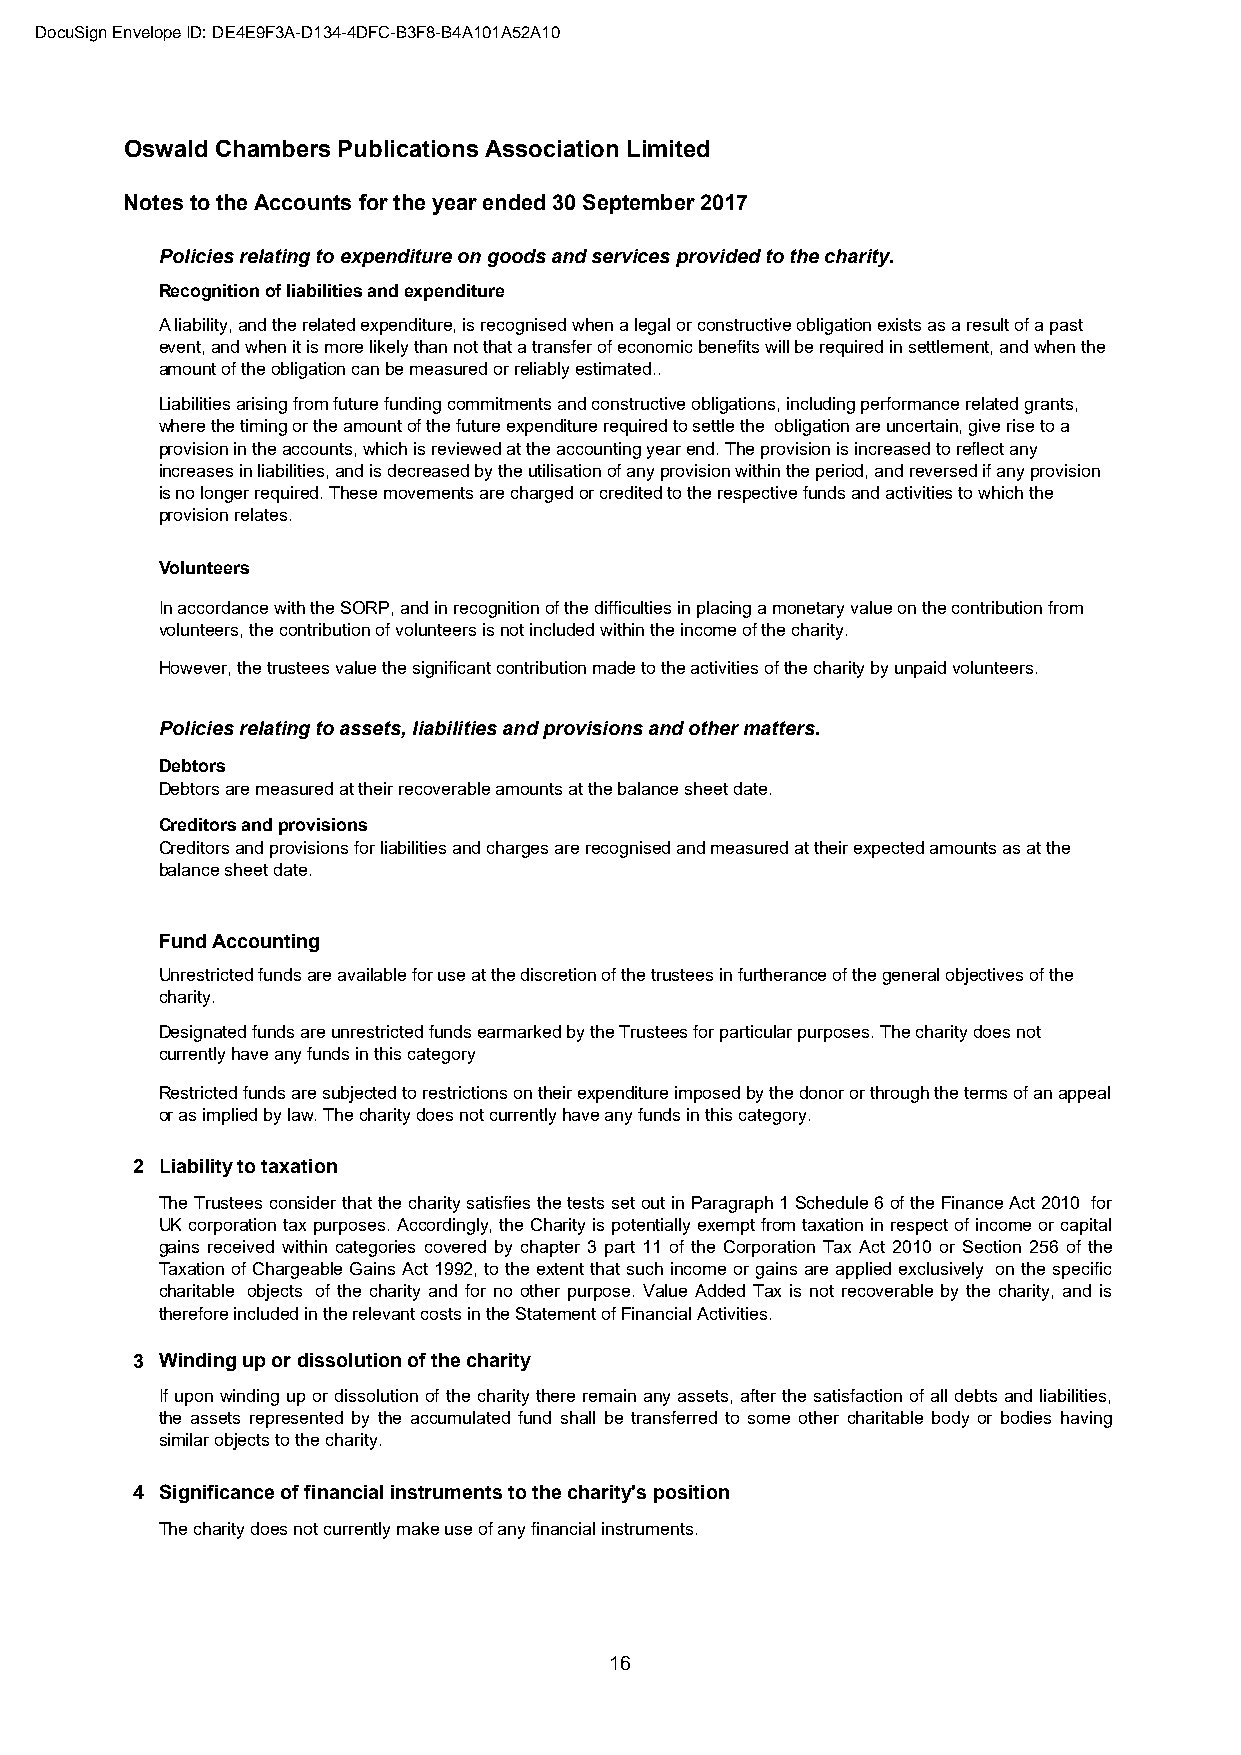
DocuSign Envelope ID: DE4E9F3A-D134-4DFC-B3F8-B4A101A52A10
 Oswald Chambers Publications Association Limited
 Notes to the Accounts for the year ended 30 September 2017
 Policies relating to expenditure on goods and services provided to the charity.
 Recognition of liabilities and expenditure
 A liability, and the related expenditure, is recognised when a legal or constructive obligation exists as a result of a past
 event, and when it is more likely than not that a transfer of economic benefits will be required in settlement, and when the
 amount of the obligation can be measured or reliably estimated..
 Liabilities arising from future funding commitments and constructive obligations, including performance related grants,
 where the timing or the amount of the future expenditure required to settle the obligation are uncertain, give rise to a
 provision in the accounts, which is reviewed at the accounting year end. The provision is increased to reflect any
 increases in liabilities, and is decreased by the utilisation of any provision within the period, and reversed if any provision
 is no longer required. These movements are charged or credited to the respective funds and activities to which the
 provision relates.
 Volunteers
 In accordance with the SORP, and in recognition of the difficulties in placing a monetary value on the contribution from
 volunteers, the contribution of volunteers is not included within the income of the charity.
 However, the trustees value the significant contribution made to the activities of the charity by unpaid volunteers.
 Policies relating to assets, liabilities and provisions and other matters.
 Debtors
 Debtors are measured at their recoverable amounts at the balance sheet date.
 Creditors and provisions
 Creditors and provisions for liabilities and charges are recognised and measured at their expected amounts as at the
 balance sheet date.
 Fund Accounting
 Unrestricted funds are available for use at the discretion of the trustees in furtherance of the general objectives of the
 charity.
 Designated funds are unrestricted funds earmarked by the Trustees for particular purposes. The charity does not
 currently have any funds in this category
 Restricted funds are subjected to restrictions on their expenditure imposed by the donor or through the terms of an appeal
 or as implied by law. The charity does not currently have any funds in this category.
 2 Liability to taxation
 TheTrusteesconsiderthatthecharitysatisfiesthetestssetoutinParagraph1Schedule6oftheFinanceAct2010 for
 UKcorporationtaxpurposes. Accordingly,theCharityis potentiallyexempt fromtaxationinrespect ofincomeorcapital
 gains received within categories covered by chapter 3 part 11 of the Corporation Tax Act 2010 or Section 256 of the
 Taxationof ChargeableGains Act 1992, to theextent that suchincomeor gains areapplied exclusively on the specific
 charitable objects of the charity and for no other purpose. Value Added Tax is not recoverable by the charity, and is
 therefore included in the relevant costs in the Statement of Financial Activities.
 3 Winding up or dissolution of the charity
 If upon winding up or dissolution of the charity there remain anyassets, after the satisfaction of all debts andliabilities,
 the assets represented by the accumulated fund shall be transferred to some other charitable body or bodies having
 similar objects to the charity.
 4 Significance of financial instruments to the charity's position
 The charity does not currently make use of any financial instruments.
 16